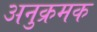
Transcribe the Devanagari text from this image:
अनुक्रमक